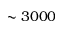
\sim 3 0 0 0